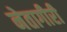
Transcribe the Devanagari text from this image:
नेतागीरी